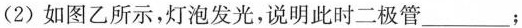
(2)如图乙所示，灯泡发光，说明此时二极管___；